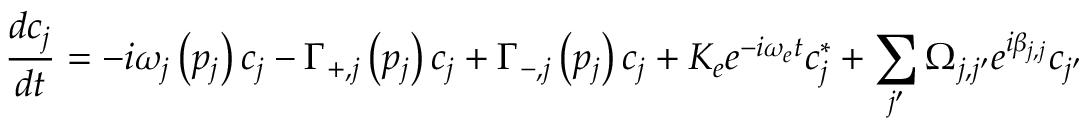
\frac { d c _ { j } } { d t } = - i \omega _ { j } \left( p _ { j } \right) c _ { j } - \Gamma _ { + , j } \left( p _ { j } \right) c _ { j } + \Gamma _ { - , j } \left( p _ { j } \right) c _ { j } + K _ { e } e ^ { - i \omega _ { e } t } c _ { j } ^ { * } + \sum _ { j ^ { \prime } } \Omega _ { j , j ^ { \prime } } e ^ { i \beta _ { j , j } } c _ { j ^ { \prime } }